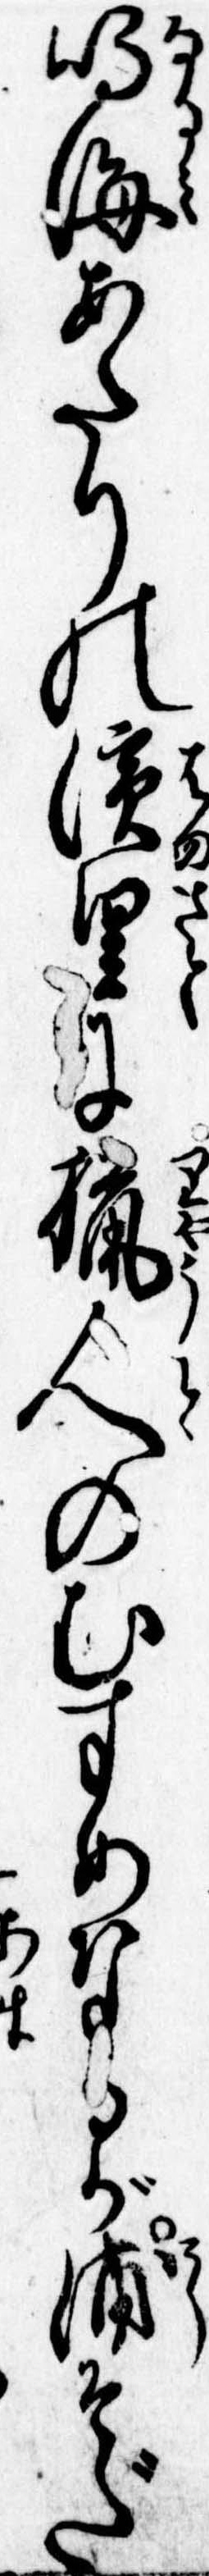
鳴海あたりの浜里に猟人のむすめなるが浦そだ